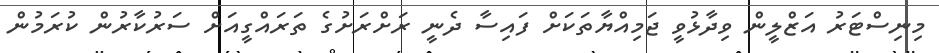
މިނިސްޓަރު އަޒްލީން ވިދާޅުވީ ޖަމިއްޔާތަކަށް ފައިސާ ދެނީ ރަށްރަށުގެ ތަރައްގީއަށް ސަރުކާރުން ކުރަމުން